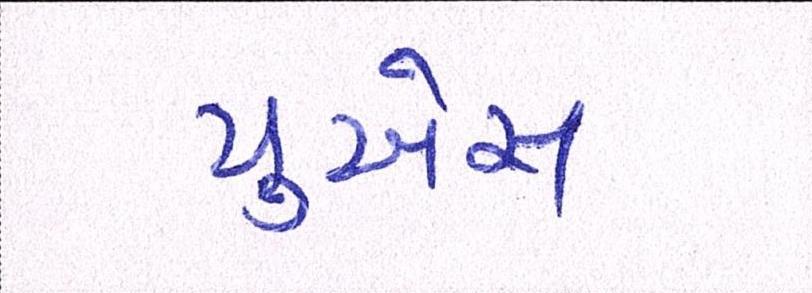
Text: યુએસ